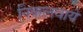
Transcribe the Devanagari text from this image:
निकलवाये